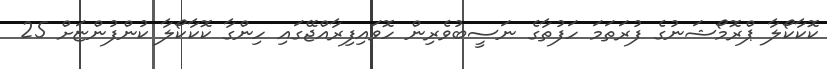
ކޮކާކޯލާ ޕްރޮމޯޝަނުގެ ފުރަތަމަ ހަފުތާގެ ނަސީބުވެރިން ހޮވައިފިރާއްޖޭގައި ހިންގާ ކޮކާކޯލާ ކުންފުންޏަށް 25